Annual report of the Punjab Veterinary College and of the Civil Veterinary Department, Punjab - 1920-1925
Year: 1920
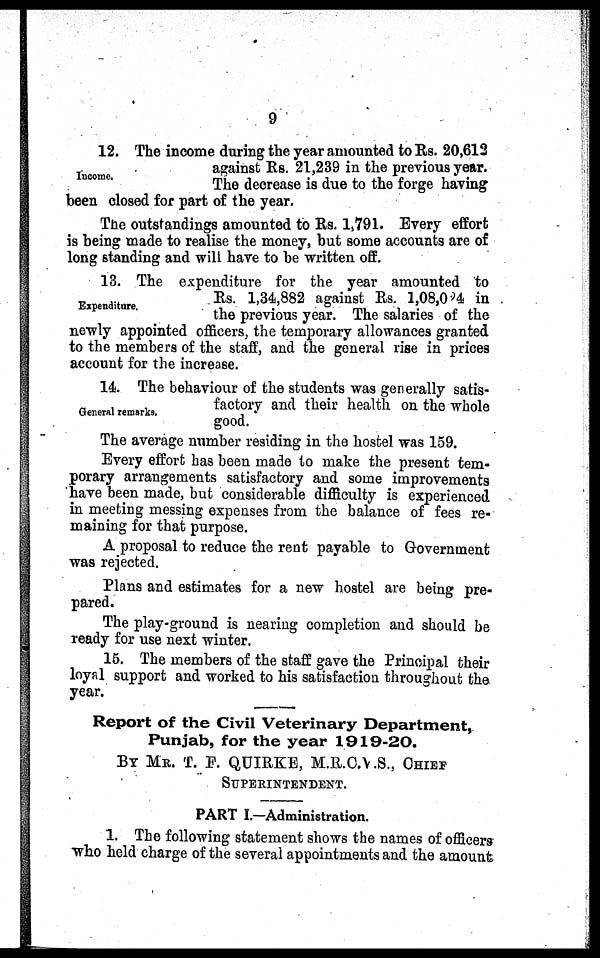
9
Income.
12. The income during the year amounted to Rs. 20,612
against Rs. 21,239 in the previous year.
The decrease is due to the forge having
been closed for part of the year.
The outstandings amounted to Rs. 1,791. Every effort
is being made to realise the money, but some accounts are of
long standing and will have to be written off.
Expenditure.
13. The expenditure for the year amounted to
Rs. 1,34,882 against Rs. 1,08,024 in
the previous year. The salaries of the
newly appointed officers, the temporary allowances granted
to the members of the staff, and the general rise in prices
account for the increase.
General remarks.
14. The behaviour of the students was generally satis-
factory and their health on the whole
good.
The average number residing in the hostel was 159.
Every effort has been made to make the present tem-
porary arrangements satisfactory and some improvements
have been made, but considerable difficulty is experienced
in meeting messing expenses from the balance of fees re-
maining for that purpose.
A proposal to reduce the rent payable to Government
was rejected.
Plans and estimates for a new hostel are being pre-
pared.
The play-ground is nearing completion and should be
ready for use next winter.
15. The members of the staff gave the Principal their
loyal support and worked to his satisfaction throughout the
year.
Report of the Civil Veterinary Department,
Punjab, for the year 1919-20.
BY MR. T. F. QUIRKE, M.R.C.V.S., CHIEF
SUPERINTENDENT.
PART I.—Administration.
1. The following statement shows the names of officers
who held charge of the several appointments and the amount